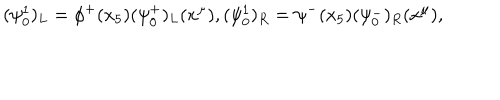
( \psi _ { 0 } ^ { 1 } ) _ { L } = \phi ^ { + } ( x _ { 5 } ) ( \psi _ { 0 } ^ { + } ) _ { L } ( x ^ { \mu } ) , ( \psi _ { 0 } ^ { 1 } ) _ { R } = \psi ^ { - } ( x _ { 5 } ) ( \psi _ { 0 } ^ { - } ) _ { R } ( x ^ { \mu } ) ,